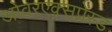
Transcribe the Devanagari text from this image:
ओवरएक्सप्रेस्ड